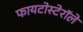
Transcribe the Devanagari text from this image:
फायटोस्टेरॉले